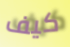
كيف